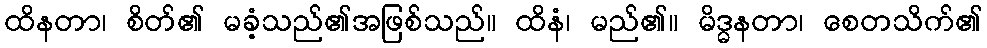
ထိနတာ၊ စိတ်၏ မခံ့သည်၏အဖြစ်သည်။ ထိနံ၊ မည်၏။ မိဒ္ဓနတာ၊ စေတသိက်၏